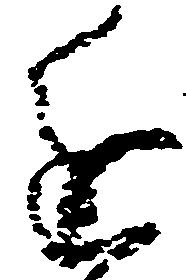
進